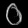
Digit: ၀